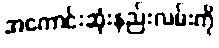
အကောင်းဆုံးနည်းလမ်းကို